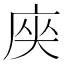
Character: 𭙟